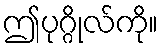
ဤပုဂ္ဂိုလ်ကို။